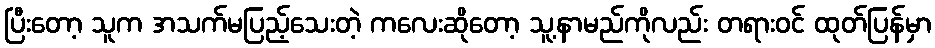
ပြီးတော့ သူက အသက်မပြည့်သေးတဲ့ ကလေးဆိုတော့ သူ့နာမည်ကိုလည်း တရားဝင် ထုတ်ပြန်မှာ